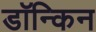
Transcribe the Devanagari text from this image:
डॉन्किन